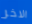
الاخر